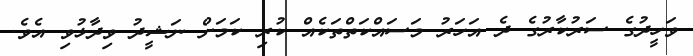
ވަހީދުގެ ސަރުކާރުގެ ދެ އަހަރު މަސައްކަތްތަކެއް ކުރި ކަމަށް ނަޝީދު ވިދާޅުވި އެވެ.